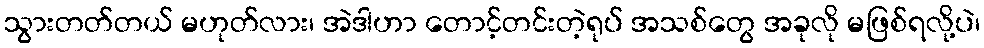
သွားတတ်တယ် မဟုတ်လား၊ အဲဒါဟာ တောင့်တင်းတဲ့ရုပ် အသစ်တွေ အခုလို မဖြစ်ရလို့ပဲ၊